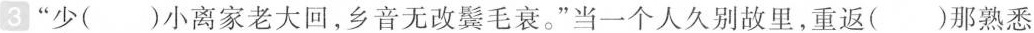
”少()小离家老大回，乡音无改鬓毛衰。”当一个人久别故里，重返()那熟悉